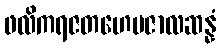
ဖလိကရဇတဟေမဇာလဆန္နံ